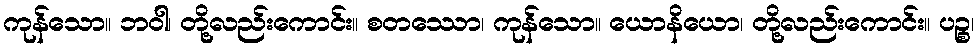
ကုန်သော။ ဘဝါ၊ တို့လည်းကောင်း။ စတဿော၊ ကုန်သော။ ယောနိယော၊ တို့လည်းကောင်း။ ပဉ္စ၊